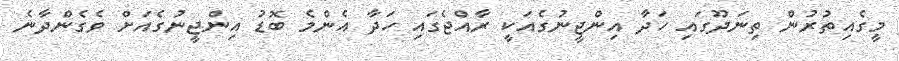
މީގެއިތުރުން ތިނަދޫގައި ހަދާ އިންޖީނުގެއަކީ ރާއްޖެގައި ހަދާ އެންމެ ބޮޑު އިންޖީނުގެއަށް ވެގެންދާނެ